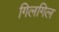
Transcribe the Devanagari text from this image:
गिलगिल